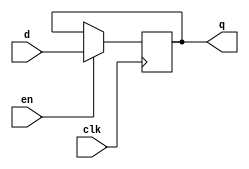
module gated_d_latch (
    input wire clk,
    input wire en,
    input wire d,
    output reg q
);

always @(posedge clk) begin
    if (en) begin
        q <= d;
    end
end

endmodule